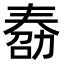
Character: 𠢌